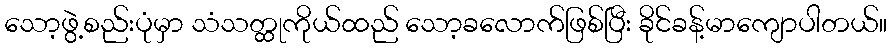
သော့ဖွဲ့စည်းပုံမှာ သံသတ္ထုကိုယ်ထည် သော့ခလောက်ဖြစ်ပြီး ခိုင်ခန့်မာကျောပါတယ်။